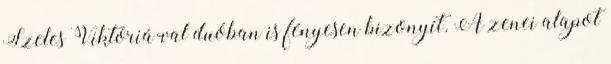
Szeles Viktóriá-val duóban is fényesen bizonyít. A zenei alapot